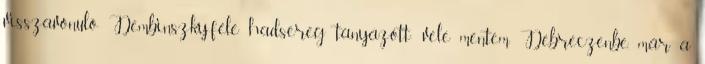
visszavonuló Dembinszky-féle hadsereg tanyázott; vele mentem Debreczenbe, már a